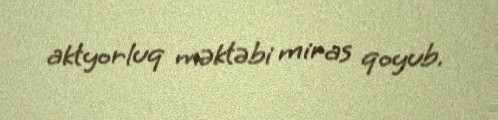
aktyorluq məktəbi miras qoyub.